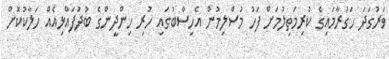
ވަރުގަދަ ހަގުރާމައިގެ ކުރިމަތިލުމަށް ފަހު މުސްލިމުން އެހިސާބުގައި ހުރި ހިންދީންގެ ބުދުފައްޅިއެއް ހަލާކުކޮށް